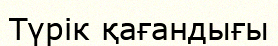
Түрік қағандығы